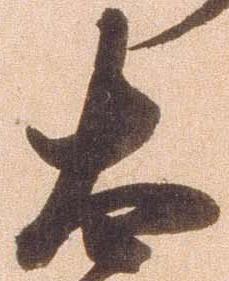
太